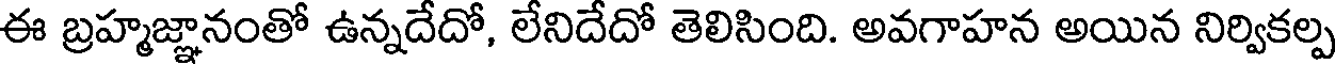
ఈ బ్రహ్మజ్ఞానంతో ఉన్నదేదో, లేనిదేదో తెలిసింది. అవగాహన అయిన నిర్వికల్ప